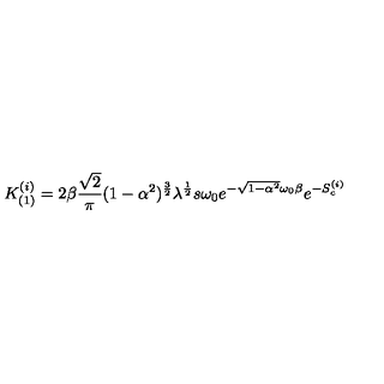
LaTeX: K _ { ( 1 ) } ^ { ( i ) } = 2 \beta \frac { \sqrt 2 } { \pi } ( 1 - \alpha ^ { 2 } ) ^ { \frac { 3 } { 2 } } \lambda ^ { \frac { 1 } { 2 } } s \omega _ { 0 } e ^ { - \sqrt { 1 - \alpha ^ { 2 } } \omega _ { 0 } \beta } e ^ { - S _ { c } ^ { ( i ) } }